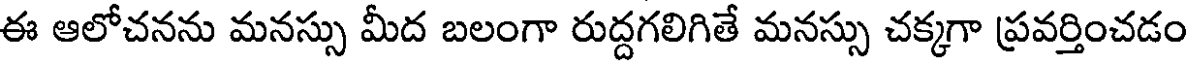
ఈ ఆలోచనను మనస్సు మీద బలంగా రుద్దగలిగితే మనస్సు చక్కగా ప్రవర్తించడం